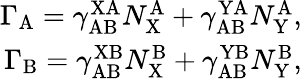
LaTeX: \begin{array}{r}{\Gamma_{\mathrm{A}}=\gamma_{\mathrm{AB}}^{\mathrm{XA}}N_{\mathrm{X}}^{\mathrm{A}}+\gamma_{\mathrm{AB}}^{\mathrm{YA}}N_{\mathrm{Y}}^{\mathrm{A}},}\\ {\Gamma_{\mathrm{B}}=\gamma_{\mathrm{AB}}^{\mathrm{XB}}N_{\mathrm{X}}^{\mathrm{B}}+\gamma_{\mathrm{AB}}^{\mathrm{YB}}N_{\mathrm{Y}}^{\mathrm{B}},}\end{array}